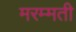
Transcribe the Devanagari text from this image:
मरम्‍मती